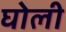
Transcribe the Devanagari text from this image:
घोली